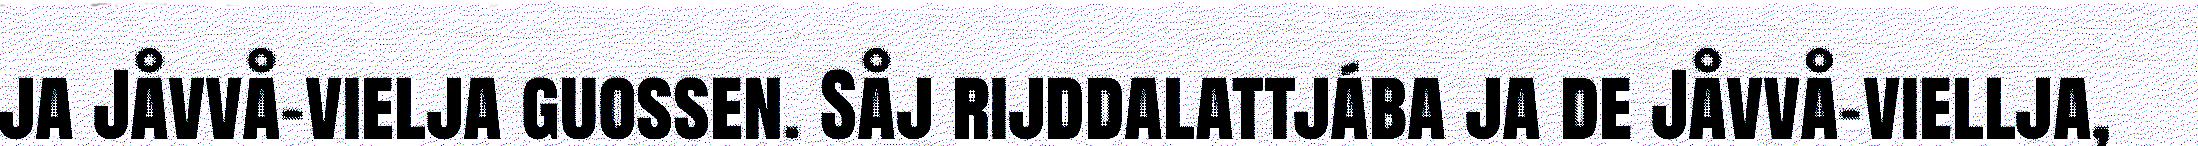
ja Jåvvå-vielja guossen. Såj rijddalattjába ja de Jåvvå-viellja,